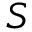
S